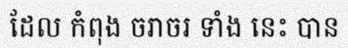
ដែល កំពុង ចរាចរ ទាំង នេះ បាន